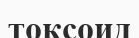
токсоид